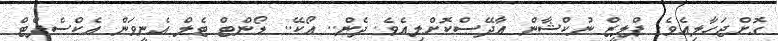
ގޮށްޖަހާލިއެވެ. ޕްލީޒް ނުކްޝާން އާދޭސްކޮށްލިއެވެ. ދެން.. އޯކޭ.. ޑޯންޓް ޓެލް އެނީވަން އެކްސެޕްޓް